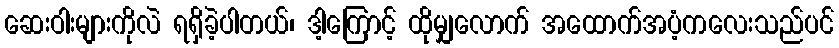
ဆေးဝါးများကိုလဲ ရရှိခဲ့ပါတယ်၊ ဒါ့ကြောင့် ထိုမျှလောက် အထောက်အပံ့ကလေးသည်ပင်